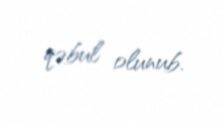
qəbul olunub.